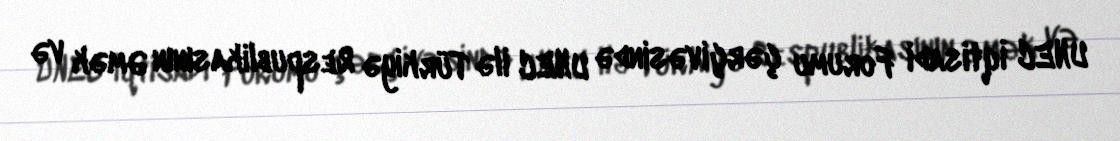
UNEC İqtisadi Forumu çərçivəsində UNEC ilə Türkiyə Respublikasının Əmək və